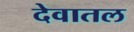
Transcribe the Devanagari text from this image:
देवातल